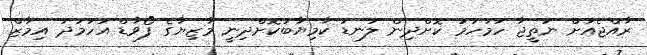
ރާއްޖެއަށް ނަތީޖާ ހަމަހަމަ ކޮށްދިން ލަނޑު ކާމިޔާބުކޮށްދިނީ މާޒިޔާގެ ފޯވާޑް އަހުމަދު އިމާޒް